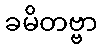
ခမိတဗ္ဗာ